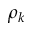
\rho _ { k }